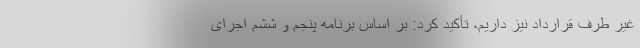
غیر طرف قرارداد نیز داریم، تأکید کرد: بر اساس برنامه پنجم و ششم اجرای